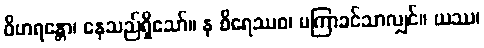
ဝိဟရန္တော၊ နေသည်ရှိသော်။ န စိရေဿဝ၊ မကြာခင်သာလျှင်။ ယဿ၊